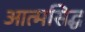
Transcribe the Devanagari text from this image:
आत्मसिद्ध